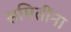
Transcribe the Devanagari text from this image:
समितींना